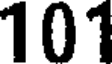
101